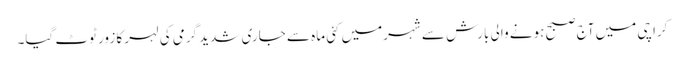
کراچی میں آج صبح ہونے والی بارش سے شہرمیں کئی ماہ سے جاری شدید گرمی کی لہر کا زور ٹوٹ گیا۔